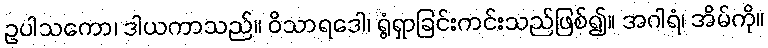
ဥပါသကော၊ ဒါယကာသည်။ ဝိသာရဒေါ၊ ရွံရှာခြင်းကင်းသည်ဖြစ်၍။ အဂါရံ၊ အိမ်ကို။